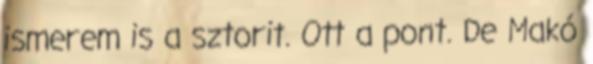
ismerem is a sztorit. Ott a pont. De Makó